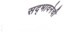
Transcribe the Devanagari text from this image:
सद्भावनेची